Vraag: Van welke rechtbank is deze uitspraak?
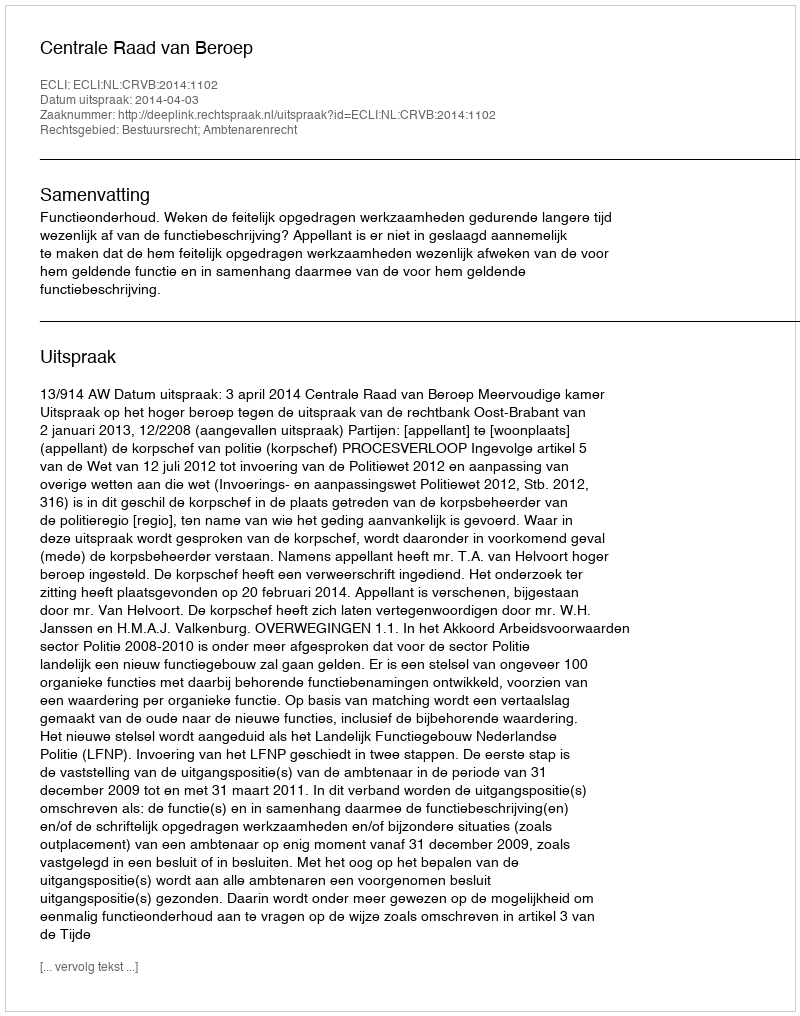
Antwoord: Centrale Raad van Beroep